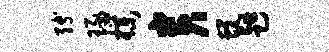
缚琢朴贵蜕趄